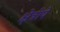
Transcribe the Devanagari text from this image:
क्षेत्रीये